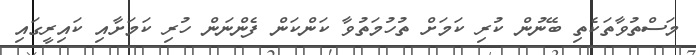
މަސްތުވާތަކެތި ބޭނުން ކުރި ކަމަށް ތުހުމަތުވާ ކަންކަން ފެންނަން ހުރި ކަމަށާއި ކައިރީގައި